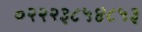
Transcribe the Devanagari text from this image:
०२२२३८५४८५३